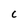
Character: C